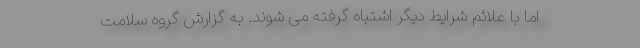
اما با علائم شرایط دیگر اشتباه گرفته می شوند. به گزارش گروه سلامت